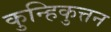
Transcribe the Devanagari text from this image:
कुन्हिकुत्तन